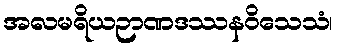
အလမရိယဉာဏဒဿနဝိသေသံ၊